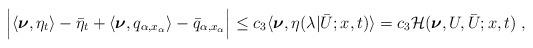
LaTeX: \begin{align*}\begin{aligned} \Big|\langle\boldsymbol{\nu},\eta_t\rangle -\bar\eta_t+ \langle\boldsymbol{\nu},q_{\alpha,x_\alpha}\rangle-\bar q_{\alpha,x_\alpha}\Big| &\le c_3 \langle \boldsymbol{\nu} , \eta (\lambda | \bar U;x,t ) \rangle = c_3 \mathcal{H} ( \boldsymbol{\nu},U,\bar{U};x,t)\;,\end{aligned}\end{align*}